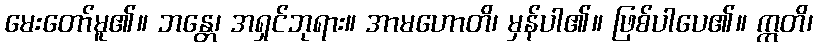
မေးတော်မူ၏။ ဘန္တေ၊ အရှင်ဘုရား။ အာမဟောတိ၊ မှန်ပါ၏။ ဖြစ်ပါပေ၏။ ဣတိ၊